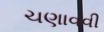
ચણાવવી